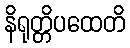
နိရုတ္တိပထေတိ